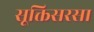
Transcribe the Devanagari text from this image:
सूक्तिसरसा